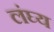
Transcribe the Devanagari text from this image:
लंघ्य